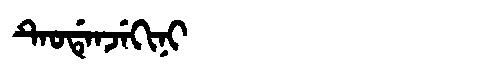
Manchu: ᡨᡝᠣᡩᡝᠨᠵᡝᡴᡳᠨᡳ
Romanization: TEODENJEKINI